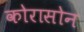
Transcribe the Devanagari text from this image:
कोरासोन